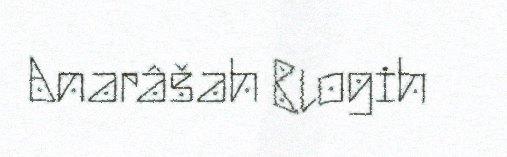
Anarâšah Blogih